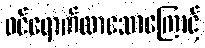
ဝင်ရောက်လာသောကြောင့်